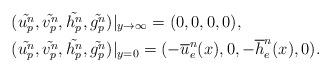
LaTeX: \begin{align*}& (\tilde{u_p^n},\tilde{v_p^n},\tilde{h_p^n},\tilde{g_p^n})|_{y\rightarrow\infty}=(0,0,0,0),\\& (\tilde{u_p^n},\tilde{v_p^n},\tilde{h_p^n},\tilde{g_p^n})|_{y=0}=(-\overline u_e^n(x),0,-\overline h_e^n(x),0).\end{align*}